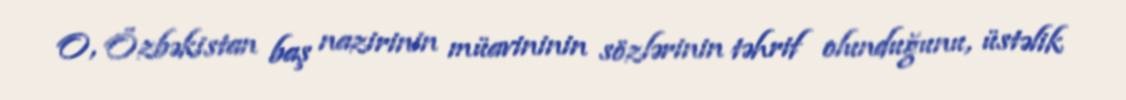
O, Özbəkistan baş nazirinin müavininin sözlərinin təhrif olunduğunu, üstəlik